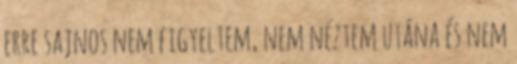
erre sajnos nem figyeltem, nem néztem utána és nem